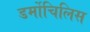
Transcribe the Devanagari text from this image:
डर्मोचिलिस